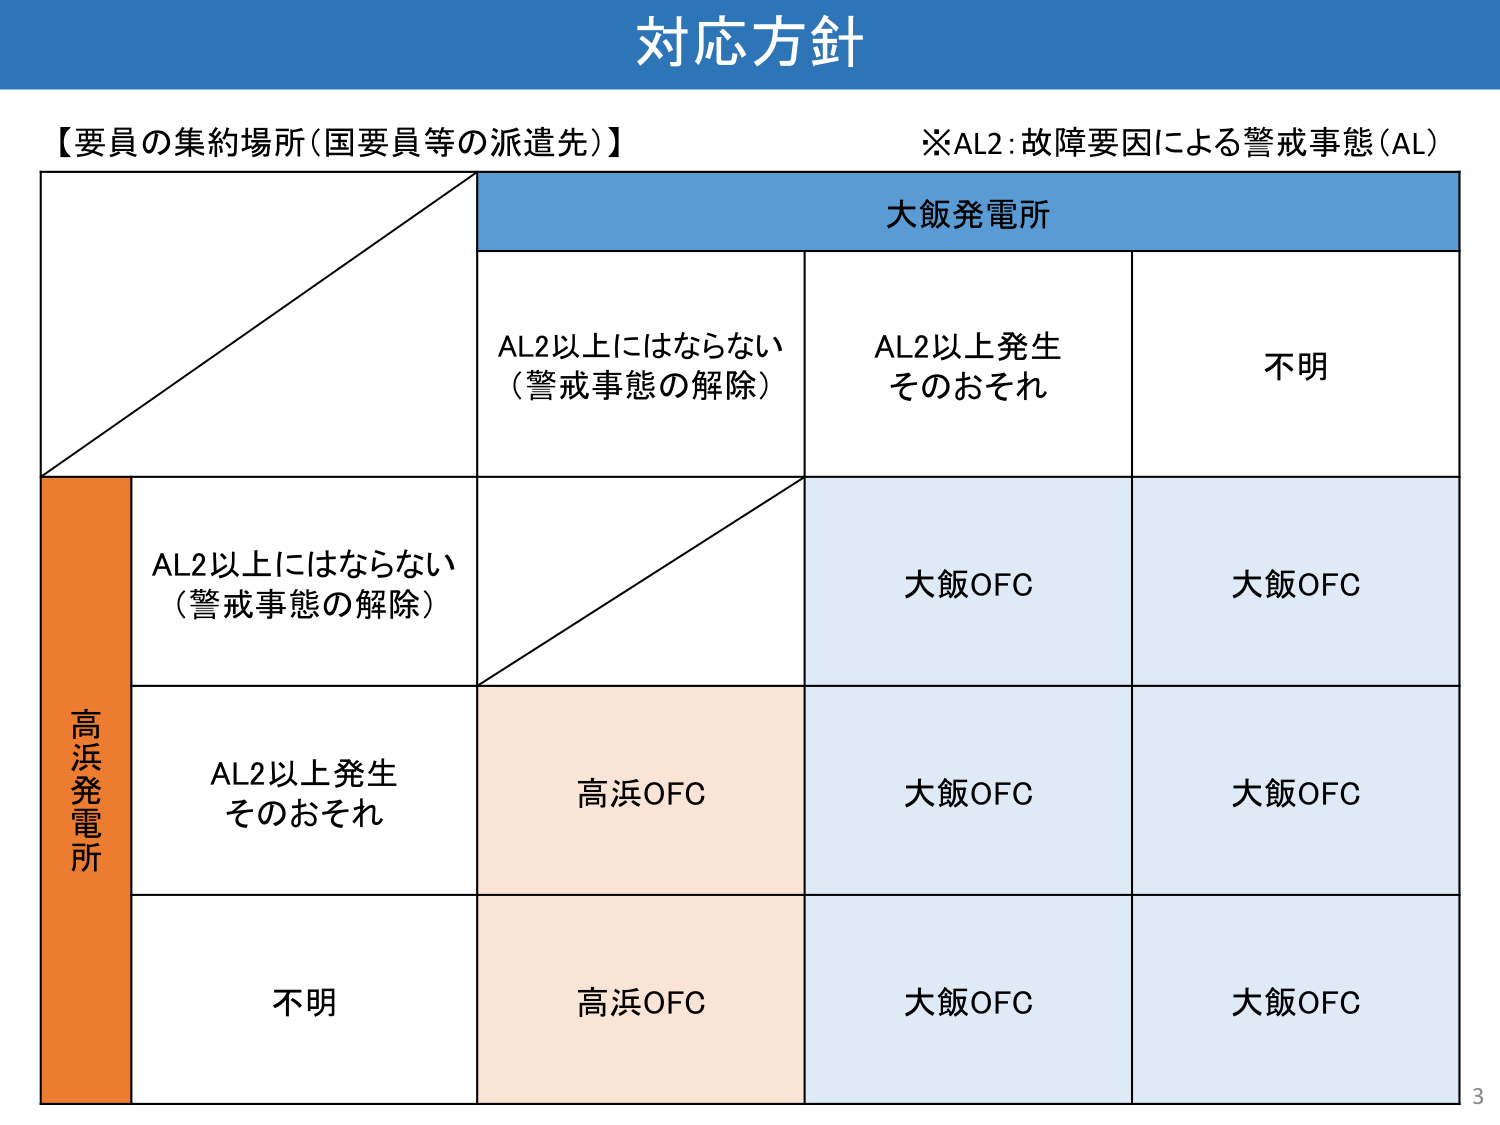
対応方針

【要員の集約場所（国要員等の派遣先）】
※AL2：故障要因による警戒事態（AL）

大飯発電所

AL2以上にはならない
（警戒事態の解除）

AL2以上発生
そのおそれ

不明

高浜発電所

AL2以上にはならない
（警戒事態の解除）

大飯OFC

大飯OFC

AL2以上発生
そのおそれ

高浜OFC

大飯OFC

大飯OFC

不明

高浜OFC

大飯OFC

大飯OFC

3